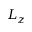
L _ { z }